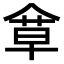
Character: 𠌓